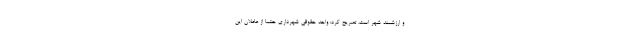
و ارزشمند شهر است، تصریح کرد: واحد حقوقی شهرداری حتما از عاملان این